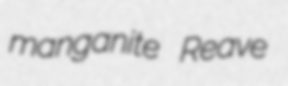
manganite Reave